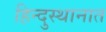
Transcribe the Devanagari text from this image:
हिन्दुस्थानात